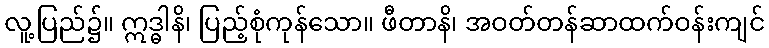
လူ့ပြည်၌။ ဣဒ္ဓါနိ၊ ပြည့်စုံကုန်သော။ ဖီတာနိ၊ အဝတ်တန်ဆာထက်ဝန်းကျင်